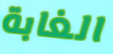
الغابة